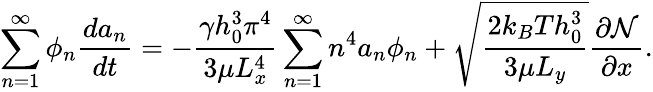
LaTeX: \sum_{n=1}^{\infty}\phi_{n}\frac{da_{n}}{dt}=-\frac{\gamma h_{0}^{3}\pi^{4}}{3\mu L_{x}^{4}}\sum_{n=1}^{\infty}n^{4}a_{n}\phi_{n}+\sqrt{\frac{2k_{B}Th_{0}^{3}}{3\mu L_{y}}}\frac{\partial\mathcal{N}}{\partial x}.